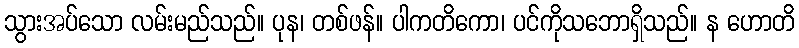
သွားအပ်သော လမ်းမည်သည်။ ပုန၊ တစ်ဖန်။ ပါကတိကော၊ ပင်ကိုသဘောရှိသည်။ န ဟောတိ